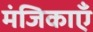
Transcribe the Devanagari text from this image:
मंजिकाएँ